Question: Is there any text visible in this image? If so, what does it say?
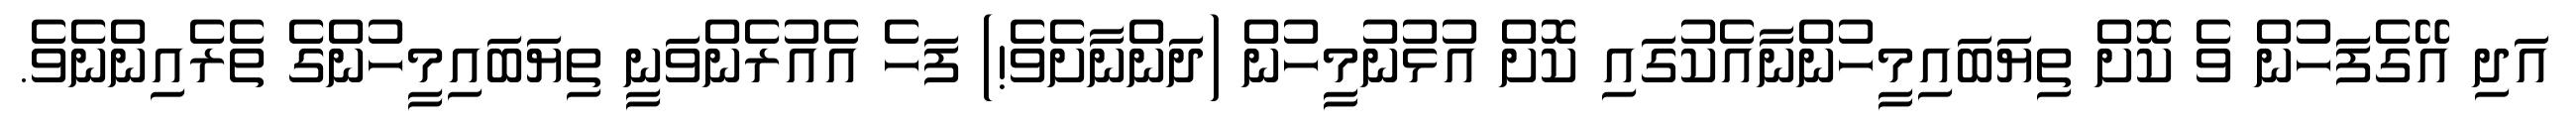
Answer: އަދި އޭގެފަހުން ވެ ކޮށް ތިޔަބައިމީހުންނާއެކުގައި ކޮށް އުޅުނުމީހުން (ދަންނާށެވެ!) ފަހެ އެއުރެންވަނީ ތިޔަބައިމީހުންގެ ތެރެއިންނެވެ.